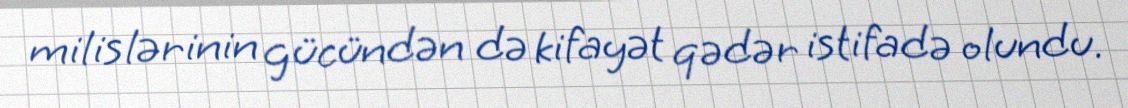
milislərinin gücündən də kifayət qədər istifadə olundu.